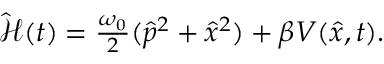
\begin{array} { r } { \hat { \mathcal { H } } ( t ) = \frac { \omega _ { 0 } } { 2 } ( \hat { p } ^ { 2 } + \hat { x } ^ { 2 } ) + \beta V ( \hat { x } , t ) . } \end{array}